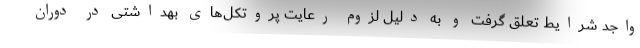
واجد شرایط تعلق گرفت و به دلیل لزوم رعایت پروتکل‌های بهداشتی در دوران